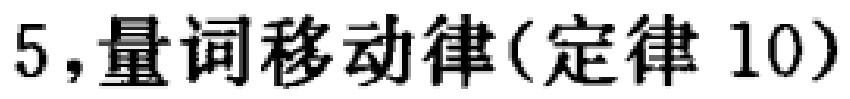
5,量词移动律(定律 10)